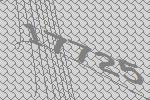
17725